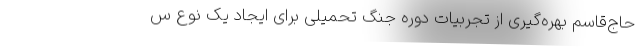
حاج‌قاسم بهره‌گیری از تجربیات دوره جنگ تحمیلی برای ایجاد یک نوع س